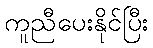
ကူညီပေးနိုင်ပြီး